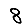
Digit: 8